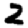
Digit: 2